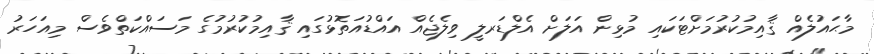
މާޙައުލެއް ޤާއިމުކުރުމަށްޓަކައި މުޅިން އަލަށް އެލްޑަރލީ ވިލެޖެއް އައްޑުއަތޮޅުގައި ޤާއިމުކުރުމުގެ މަސައްކަތްވެސް މިއަހަރު